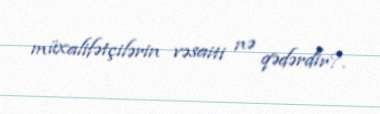
müxalifətçilərin vəsaiti nə qədərdir?.